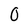
Character: 0